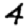
Digit: 4